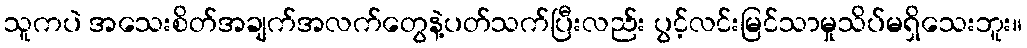
သူကပဲ အသေးစိတ်အချက်အလက်တွေနဲ့ပတ်သက်ပြီးလည်း ပွင့်လင်းမြင်သာမှုသိပ်မရှိသေးဘူး။